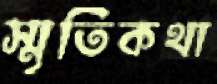
স্মৃতিকথা